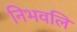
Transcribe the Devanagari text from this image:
निभवलि